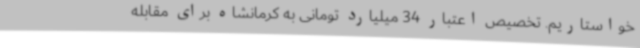
خواستاریم. تخصیص اعتبار 34 میلیارد تومانی به کرمانشاه برای مقابله